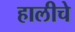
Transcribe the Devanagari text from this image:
हालीचे